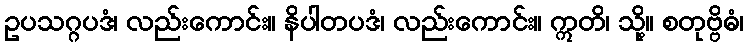
ဥပသဂ္ဂပဒံ၊ လည်းကောင်း။ နိပါတပဒံ၊ လည်းကောင်း။ ဣတိ၊ သို့။ စတုဗ္ဗိဓံ၊